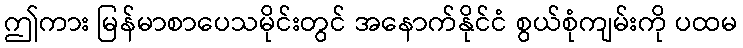
ဤကား မြန်မာစာပေသမိုင်းတွင် အနောက်နိုင်ငံ စွယ်စုံကျမ်းကို ပထမ